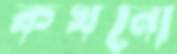
কখনো